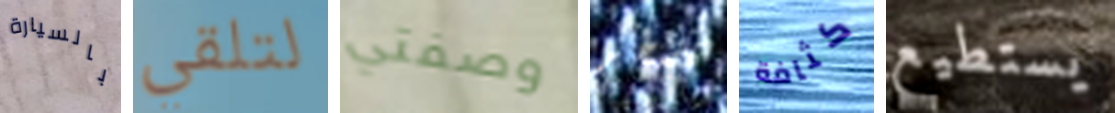
بالسيارة لتلقي وصفتي تضطر كثافة يستطيع